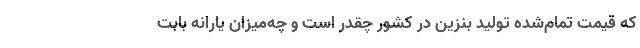
که قیمت تمام‌شده تولید بنزین در کشور چقدر است و چه‌میزان یارانه بابت